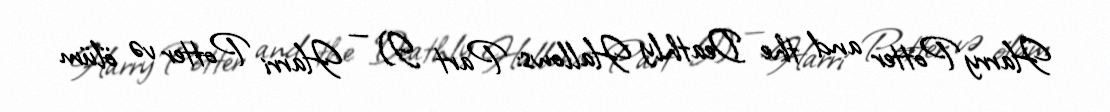
Harry Potter and the Deathly Hallows: Part I) — Harri Potter və ölüm